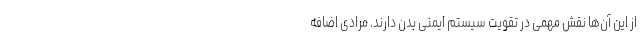
از این آن‌ها نقش مهمی در تقویت سیستم ایمنی بدن دارند. مرادی اضافه